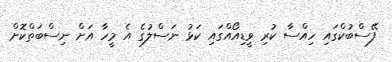
ފޭސްބުކްގައި ހިއްސާ ކުރި ވީޑިއޯއްގައި ކަޅު ނަސްލުގެ އެ މީހާ އަށް ނިސްބަތްކޮށް